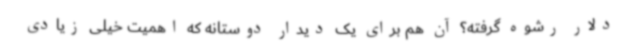
دلار رشوه گرفته؟ آن هم برای یک دیدار دوستانه که اهمیت خیلی زیادی